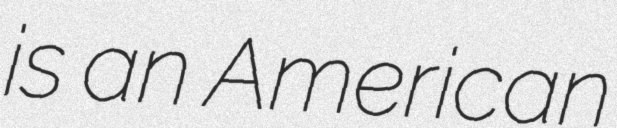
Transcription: is an American